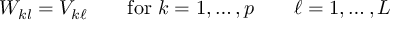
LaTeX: W _ { k l } = V _ { k \ell } \qquad { \mathrm { f o r ~ } } k = 1 , \dots , p \qquad \ell = 1 , \dots , L